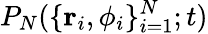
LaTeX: P_{N}(\{ \mathbf{r}_{i},\phi_{i}\} _{i=1}^{N};t)